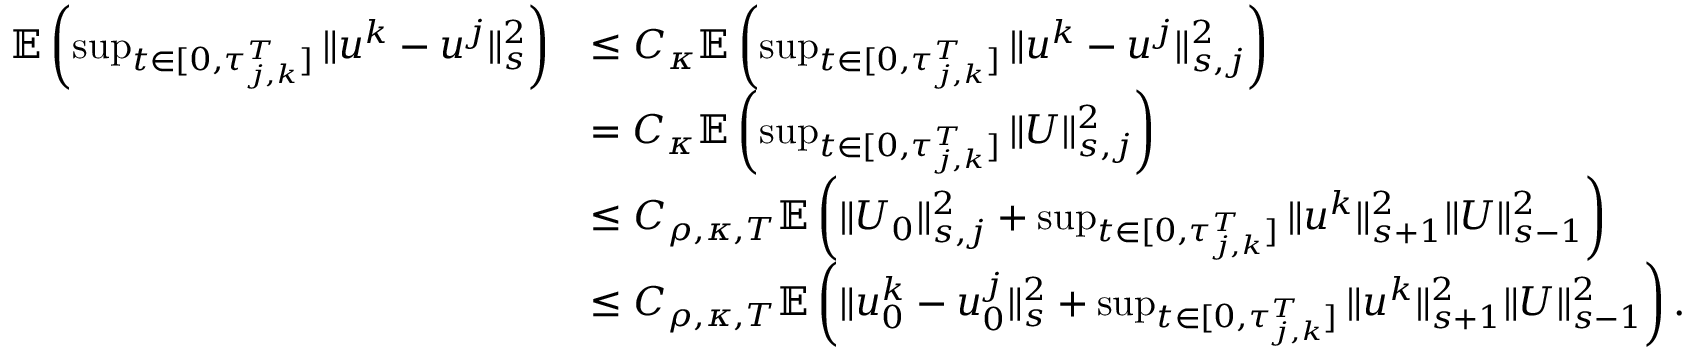
\begin{array} { r l } { \mathbb E \left( \operatorname* { s u p } _ { t \in [ 0 , \tau _ { j , k } ^ { T } ] } \| u ^ { k } - u ^ { j } \| _ { s } ^ { 2 } \right) } & { \leq C _ { \kappa } \mathbb E \left( \operatorname* { s u p } _ { t \in [ 0 , \tau _ { j , k } ^ { T } ] } \| u ^ { k } - u ^ { j } \| _ { s , j } ^ { 2 } \right) } \\ & { = C _ { \kappa } \mathbb E \left( \operatorname* { s u p } _ { t \in [ 0 , \tau _ { j , k } ^ { T } ] } \| U \| _ { s , j } ^ { 2 } \right) } \\ & { \leq C _ { \rho , \kappa , T } \mathbb E \left( \| U _ { 0 } \| _ { s , j } ^ { 2 } + \operatorname* { s u p } _ { t \in [ 0 , \tau _ { j , k } ^ { T } ] } \| u ^ { k } \| _ { s + 1 } ^ { 2 } \| U \| _ { s - 1 } ^ { 2 } \right) } \\ & { \leq C _ { \rho , \kappa , T } \mathbb E \left( \| u _ { 0 } ^ { k } - u _ { 0 } ^ { j } \| _ { s } ^ { 2 } + \operatorname* { s u p } _ { t \in [ 0 , \tau _ { j , k } ^ { T } ] } \| u ^ { k } \| _ { s + 1 } ^ { 2 } \| U \| _ { s - 1 } ^ { 2 } \right) . } \end{array}